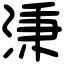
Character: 𣶸